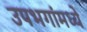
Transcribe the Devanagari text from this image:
उपभगांमध्ये